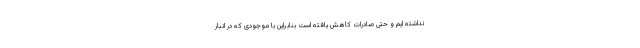
نداشته ایم و حتی صادرات کاهش یافته است بنابراین با موجودی که در انبار